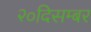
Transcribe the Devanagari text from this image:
२०दिसम्बर